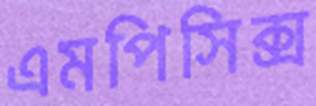
এমপিসিক্স